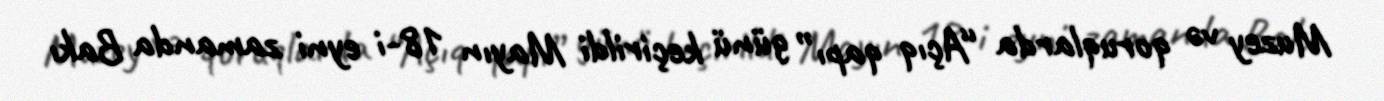
Muzey və qoruqlarda “Açıq qapı” günü keçirildi Mayın 18-i eyni zamanda Bakı